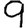
Digit: 9